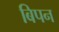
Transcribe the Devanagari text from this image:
बिपन